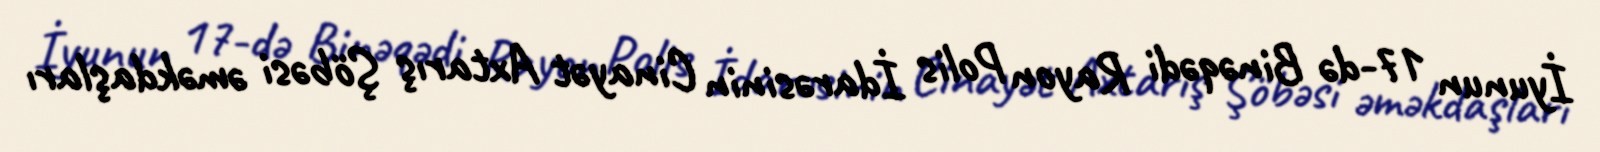
İyunun 17-də Binəqədi Rayon Polis İdarəsinin Cinayət Axtarış Şöbəsi əməkdaşları